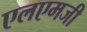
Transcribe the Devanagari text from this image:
एलएमजी